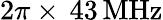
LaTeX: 2\pi\times\, 43\, \mathrm{MHz}